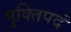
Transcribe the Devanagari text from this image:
मुक्तिपदं